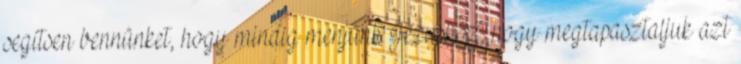
segítsen bennünket, hogy mindig menjünk Jézushoz, hogy megtapasztaljuk azt